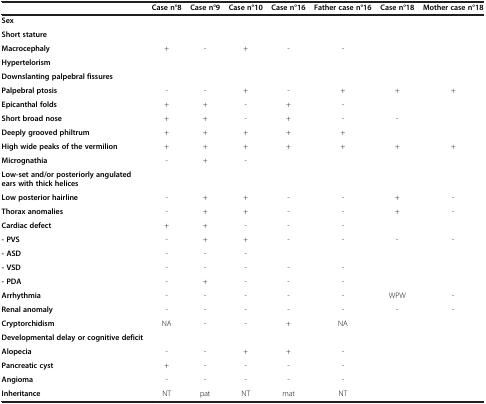
<table><thead><tr><td><b> </b></td><td><b>Case n°8</b></td><td><b>Case n°9</b></td><td><b>Case n°10</b></td><td><b>Case n°16</b></td><td><b>Father case n°16</b></td><td><b>Case n°18</b></td><td><b>Mother case n°18</b></td></tr></thead><tbody><tr><td><b>Sex</b></td><td> </td><td> </td><td> </td><td> </td><td> </td><td> </td><td> </td></tr><tr><td><b>Short stature</b></td><td> </td><td> </td><td> </td><td> </td><td> </td><td> </td><td> </td></tr><tr><td><b>Macrocephaly</b></td><td>+</td><td>-</td><td>+</td><td>-</td><td>-</td><td> </td><td> </td></tr><tr><td><b>Hypertelorism</b></td><td> </td><td> </td><td> </td><td> </td><td> </td><td> </td><td> </td></tr><tr><td><b>Downslanting palpebral fissures</b></td><td> </td><td> </td><td> </td><td> </td><td> </td><td> </td><td> </td></tr><tr><td><b>Palpebral ptosis</b></td><td>-</td><td>-</td><td>+</td><td>-</td><td>+</td><td>+</td><td>+</td></tr><tr><td><b>Epicanthal folds</b></td><td>+</td><td>+</td><td>-</td><td>+</td><td>-</td><td> </td><td> </td></tr><tr><td><b>Short broad nose</b></td><td>+</td><td>+</td><td>-</td><td>+</td><td>-</td><td>-</td><td> </td></tr><tr><td><b>Deeply grooved philtrum</b></td><td>+</td><td>+</td><td>+</td><td>+</td><td>+</td><td> </td><td> </td></tr><tr><td><b>High wide peaks of the vermilion</b></td><td>+</td><td>+</td><td>+</td><td>+</td><td>+</td><td>+</td><td>+</td></tr><tr><td><b>Micrognathia</b></td><td>-</td><td>+</td><td>-</td><td> </td><td> </td><td> </td><td> </td></tr><tr><td><b>Low-set and/or posteriorly angulated ears with thick helices</b></td><td> </td><td> </td><td> </td><td> </td><td> </td><td> </td><td> </td></tr><tr><td><b>Low posterior hairline</b></td><td>-</td><td>+</td><td>+</td><td>-</td><td>-</td><td>+</td><td>-</td></tr><tr><td><b>Thorax anomalies</b></td><td>-</td><td>+</td><td>+</td><td>-</td><td>-</td><td>+</td><td>-</td></tr><tr><td><b>Cardiac defect</b></td><td>+</td><td>+</td><td>-</td><td>-</td><td>-</td><td> </td><td> </td></tr><tr><td><b>- PVS</b></td><td>-</td><td>+</td><td>+</td><td>-</td><td>-</td><td>-</td><td>-</td></tr><tr><td><b>- ASD</b></td><td>-</td><td>-</td><td>-</td><td> </td><td> </td><td> </td><td> </td></tr><tr><td><b>- VSD</b></td><td>-</td><td>-</td><td>-</td><td>-</td><td>-</td><td> </td><td> </td></tr><tr><td><b>- PDA</b></td><td>-</td><td>+</td><td>-</td><td>-</td><td>-</td><td> </td><td> </td></tr><tr><td><b>Arrhythmia</b></td><td>-</td><td>-</td><td>-</td><td>-</td><td>-</td><td>WPW</td><td>-</td></tr><tr><td><b>Renal anomaly</b></td><td>-</td><td>-</td><td>-</td><td>-</td><td>-</td><td>-</td><td>-</td></tr><tr><td><b>Cryptorchidism</b></td><td>NA</td><td>-</td><td>-</td><td>+</td><td>NA</td><td> </td><td> </td></tr><tr><td><b>Developmental delay or cognitive deficit</b></td><td> </td><td> </td><td> </td><td> </td><td> </td><td> </td><td> </td></tr><tr><td><b>Alopecia</b></td><td>-</td><td>-</td><td>+</td><td>+</td><td>-</td><td> </td><td> </td></tr><tr><td><b>Pancreatic cyst</b></td><td>+</td><td>-</td><td>-</td><td>-</td><td>-</td><td> </td><td> </td></tr><tr><td><b>Angioma</b></td><td>-</td><td>-</td><td>-</td><td>-</td><td>-</td><td> </td><td> </td></tr><tr><td><b>Inheritance</b></td><td>NT</td><td>pat</td><td>NT</td><td>mat</td><td>NT</td><td> </td><td> </td></tr></tbody></table>